Indian Medical Review
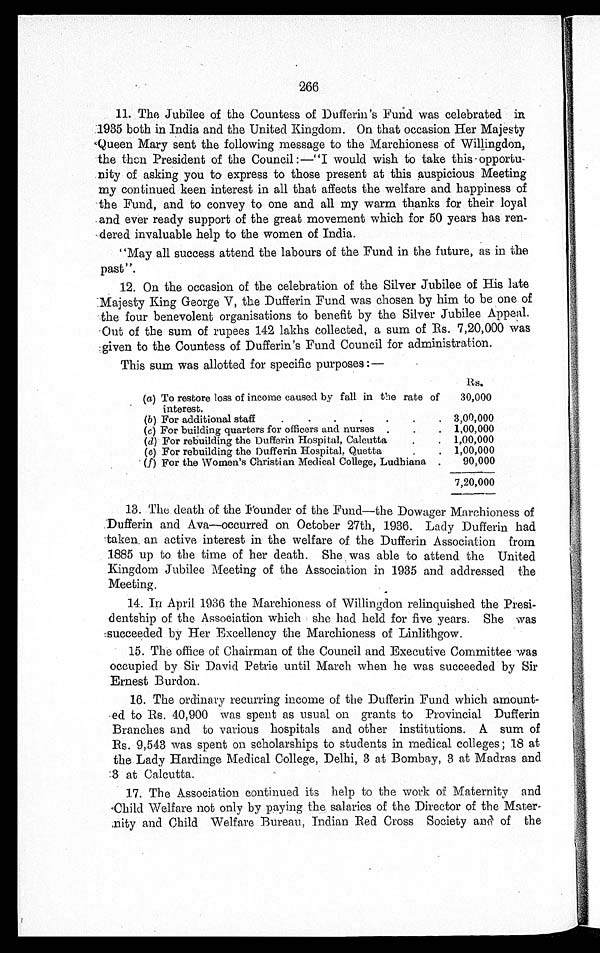
266
11. The Jubilee of the Countess of Dufferin's Fund was celebrated in
1935 both in India and the United Kingdom. On that occasion Her Majesty
Queen Mary sent the following message to the Marchioness of Willingdon,
the then President of the Council :—"I would wish to take this opportu
- n i t y o f a s k i n g y o u t o e x p r e s s t o t h o s e p r e s e n t a t t h i s a u s p i c i o u s M e e t i n g
my continued keen interest in all that affects the welfare and happiness of
the Fund, and to convey to one and all my warm thanks for their loyal
and ever ready support of the great movement which for 50 years has ren
- d e r e d i n v a l u a b l e h e l p t o t h e w o m e n o f I n d i a .
"May all success attend the labours of the Fund in the future, as in the
past".
12. On the occasion of the celebration of the Silver Jubilee of His late
Majesty King George V, the Dufferin Fund was chosen by him to be one of
the four benevolent organisations to benefit by the Silver Jubilee Appeal.
Out of the sum of rupees 142 lakhs collected, a sum of Rs. 7,20,000 was
given to the Countess of Dufferin's Fund Council for administration
.
This sum was allotted for specific purposes :—
Rs.
(a) To restore loss of income caused by fall in the rate of
interest.
30,000
(b ) For additional staff . . . 3,00,000
( c) For building quarters for officers and nurses . . . 1,00,000
( d ) For rebuilding the Dufferin Hospital, Calcutta . . . 1,00,000
( e) For rebuilding the Dufferin Hospital, Quetta . . .
1,00,000
(f) For the Women's Christian Medical College, Ludhiana . . .
90,000
7,20,000
13. The death of the Founder of the Fund—the Dowager Marchioness of
Dufferin and Ava—occurred on October 27th, 1936. Lady Dufferin had
taken an active interest in the welfare of the Dufferin Association from
1885 up to the time of her death. She was able to attend the United
Kingdom Jubilee Meeting of the Association in 1935 and addressed the
Meeting.
14. In April 1936 the Marchioness of Willingdon relinquished the Presi
- d e n t s h i p o f t h e A s s o c i a t i o n w h i c h s h e h a d h e l d f o r f i v e y e a r s . S h e w a s
succeeded by Her Excellency the Marchioness of Linlithgow.
15. The office of Chairman of the Council and Executive Committee was
occupied by Sir David Petrie until March when he was succeeded by Sir
Ernest Burdon.
16. The ordinary recurring income of the Dufferin Fund which amount
- e d t o R s . 4 0 , 9 0 0 w a s s p e n t a s u s u a l o n g r a n t s t o P r o v i n c i a l D u f f e r i n
Branches and to various hospitals and other institutions. A sum of
Rs. 9,543 was spent on scholarships to students in medical colleges; 18 at
the Lady Hardinge Medical College, Delhi, 3 at Bombay, 3 at Madras and
3 at Calcutta.
17. The Association continued its help to the work of Maternity and
Child Welfare not only by paying the salaries of the Director of the Mater
- n i t y a n d C h i l d W e l f a r e B u r e a u , I n d i a n R e d C r o s s S o c i e t y a n d o f t h e